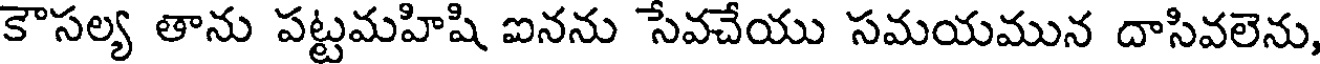
కౌసల్య తాను పట్టమహిషి ఐనను సేవచేయు సమయమున దాసివలెను,